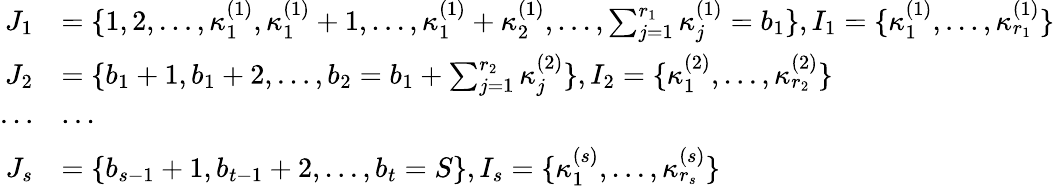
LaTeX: \begin{array}{rl}{J_{1}}&{=\{ 1,2,\ldots,\kappa_{1}^{(1)},\kappa_{1}^{(1)}+1,\ldots,\kappa_{1}^{(1)}+\kappa_{2}^{(1)},\ldots,\sum_{j=1}^{r_{1}}\kappa_{j}^{(1)}=b_{1}\} ,I_{1}=\{ \kappa_{1}^{(1)},\ldots,\kappa_{r_{1}}^{(1)}\} }\\ {J_{2}}&{=\{ b_{1}+1,b_{1}+2,\ldots,b_{2}=b_{1}+\sum_{j=1}^{r_{2}}\kappa_{j}^{(2)}\} ,I_{2}=\{ \kappa_{1}^{(2)},\ldots,\kappa_{r_{2}}^{(2)}\} }\\ {\cdots}&{\cdots}\\ {J_{s}}&{=\{ b_{s-1}+1,b_{t-1}+2,\ldots,b_{t}=S\} ,I_{s}=\{ \kappa_{1}^{(s)},\ldots,\kappa_{r_{s}}^{(s)}\} }\end{array}